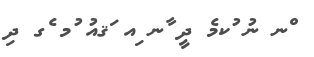
ްނ ނު ުކމެ ދީ ާނ ިއ ަޤއު ުމ ެގ ދި